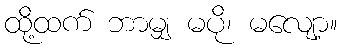
ထို့ထက် ဘာမျှ မပို၊ မလျော့။